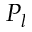
P _ { l }